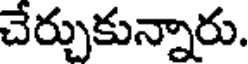
చేర్చుకున్నారు.